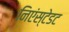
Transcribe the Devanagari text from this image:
निएंस्टेडट